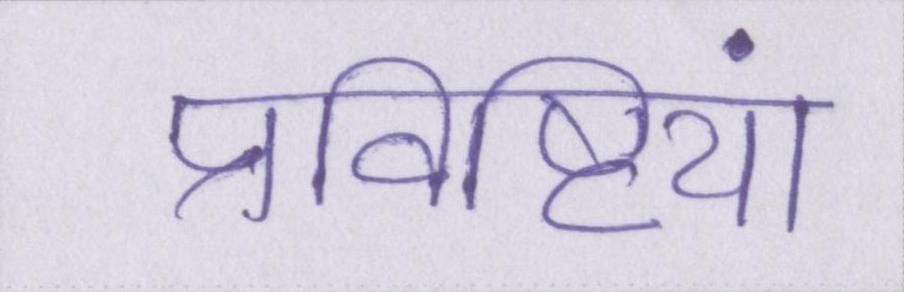
प्रविष्टियां